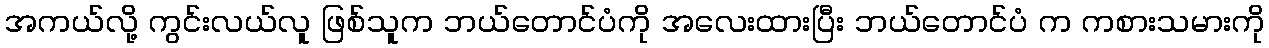
အကယ်လို့ ကွင်းလယ်လူ ဖြစ်သူက ဘယ်တောင်ပံကို အလေးထားပြီး ဘယ်တောင်ပံ က ကစားသမားကို